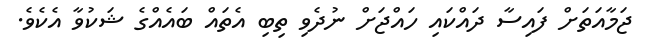
ޖަމާއަތަށް ފައިސާ ދައްކައި ހައްޖަށް ނުދެވި ތިބި އެތައް ބައެއްގެ ޝަކުވާ އެކެވެ.